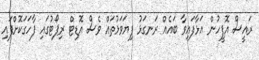
ރައީސް އޮފީހުން އަޅާފައިވާ ބައެއް ރަނގަޅު ފިޔަވަޅުތައް ވެސް އޮޑިޓް ރިޕޯޓުގައި ފާހަގަކޮށްފައި